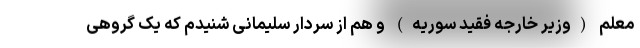
معلم (وزیر خارجه فقید سوریه) و هم از سردار سلیمانی شنیدم که یک گروهی